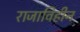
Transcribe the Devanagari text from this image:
राजाविहीन